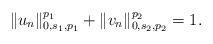
LaTeX: \begin{align*}\|u_n\|_{0,s_1,p_1}^{p_1}+\|v_n\|_{0,s_2,p_2}^{p_2}=1.\end{align*}